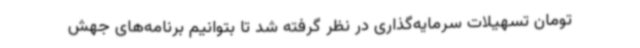
تومان تسهیلات سرمایه‌گذاری در نظر گرفته شد تا بتوانیم برنامه‌های جهش